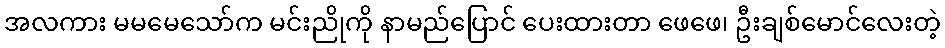
အလကား မမမေသော်က မင်းညိုကို နာမည်ပြောင် ပေးထားတာ ဖေဖေ၊ ဦးချစ်မောင်လေးတဲ့